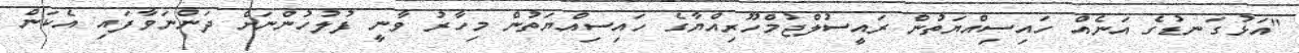
"އަޅުގަނޑުގެ އަނެއް ހައިސިއްޔަތުން ރައީސުލްޖުމްހޫރިއްޔާގެ ހައިސިއްޔަތުން މިހާރު ވާނީ ފުލުހުންނަށް ދަންނަވާފައި އެކަން